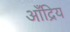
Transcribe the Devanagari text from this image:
आँद्रिय